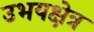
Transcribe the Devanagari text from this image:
उभयक्षेत्र